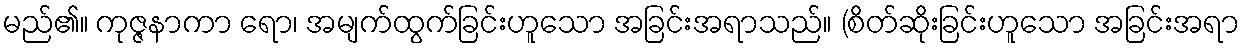
မည်၏။ ကုဇ္ဇနာကာ ရော၊ အမျက်ထွက်ခြင်းဟူသော အခြင်းအရာသည်။ (စိတ်ဆိုးခြင်းဟူသော အခြင်းအရာ